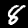
Label: 8